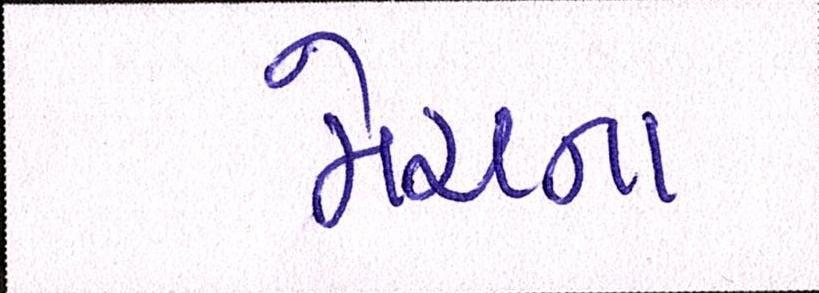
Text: મેચના